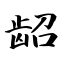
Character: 龆